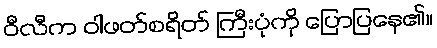
ဝီလီက ဝါဖတ်စရိတ် ကြီးပုံကို ပြောပြနေ၏။